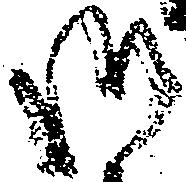
御